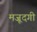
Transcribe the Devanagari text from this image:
मजूदगी